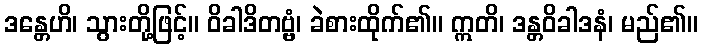
ဒန္တေဟိ၊ သွားတို့ဖြင့်။ ဝိခါဒိတဗ္ဗံ၊ ခဲစားထိုက်၏။ ဣတိ၊ ဒန္တဝိခါဒနံ၊ မည်၏။